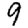
Digit: 9